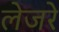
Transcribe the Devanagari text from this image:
लेजरे